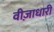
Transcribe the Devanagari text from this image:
वीज़ाधारी